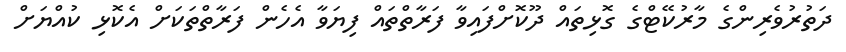
ދަތުރުވެރިންގެ މާރުކޭޓްގެ ގޮޅިތައް ދޫކޮށްފައިވާ ފަރާތްތައް ފިޔަވާ އެހެން ފަރާތްތަކަށް އެކޮޅި ކުއްޔަށް